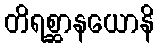
တိရစ္ဆာနယောနိ